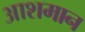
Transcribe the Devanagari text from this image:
आशमान